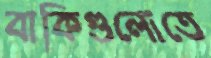
বাকিগুলোতে